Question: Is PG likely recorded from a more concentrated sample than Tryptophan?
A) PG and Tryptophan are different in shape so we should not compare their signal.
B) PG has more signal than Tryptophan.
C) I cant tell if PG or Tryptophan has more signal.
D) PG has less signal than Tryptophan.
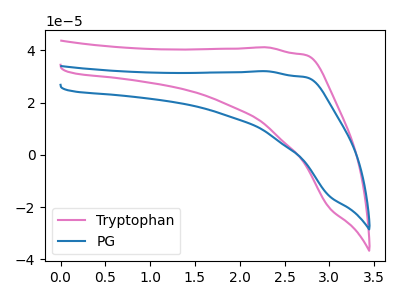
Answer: <think>The pink curve "Tryptophan" has no peaks. The blue curve "PG" has no peaks.
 Neither "PG" or "Tryptophan" have any peaks.</think>
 <answer>C) I cant tell if "PG" or "Tryptophan" has more signal.</answer>
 <eval>C</eval>